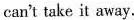
can't take it away.